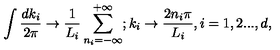
\int \frac { d k _ { i } } { 2 \pi } \rightarrow \frac { 1 } { L _ { i } } \sum _ { n _ { i } = - \infty } ^ { + \infty } ; k _ { i } \rightarrow \frac { 2 n _ { i } \pi } { L _ { i } } , i = 1 , 2 . . . , d ,